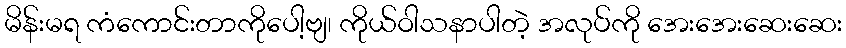
မိန်းမရ ကံကောင်းတာကိုပေါ့ဗျ၊ ကိုယ်ဝါသနာပါတဲ့ အလုပ်ကို အေးအေးဆေးဆေး